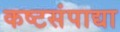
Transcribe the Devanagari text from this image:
कष्टसंपाद्या